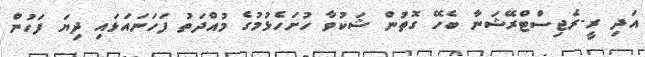
އަދި ރީ-ރެޖިސްޓްރޭޝަނާ ބެހޭ ގޮތުން ޝަކުވާ ހުށަހެޅުމުގެ މުއްދަތު ފަހަނައަޅައި ދިޔަ ފަހުން